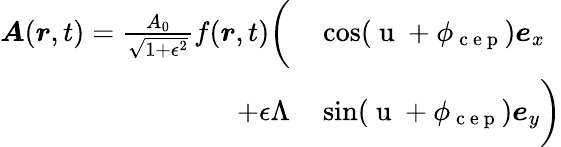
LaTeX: \begin{array}{rl}{\boldsymbol{A}(\boldsymbol{r},t)=\frac{A_{0}}{\sqrt{1+\epsilon^{2}}}f(\boldsymbol{r},t)\biggl(}&{{}\cos(\mathrm{~u~}+\phi_{\mathrm{~c~e~p~}})\boldsymbol{e}_{x}}\\ {+\epsilon\Lambda}&{{}\sin(\mathrm{~u~}+\phi_{\mathrm{~c~e~p~}})\boldsymbol{e}_{y}\biggr)}\end{array}